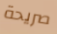
صريحة